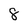
Character: 8